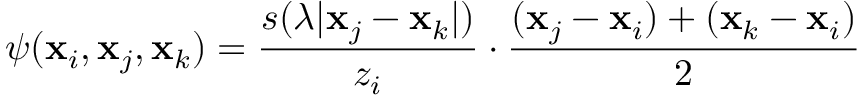
\displaystyle \psi ( \mathbf { x } _ { i } , \mathbf { x } _ { j } , \mathbf { x } _ { k } ) = \frac { s ( \lambda | \mathbf { x } _ { j } - \mathbf { x } _ { k } | ) } { z _ { i } } \cdot \frac { ( \mathbf { x } _ { j } - \mathbf { x } _ { i } ) + ( \mathbf { x } _ { k } - \mathbf { x } _ { i } ) } { 2 }